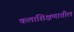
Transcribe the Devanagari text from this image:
कलाशिक्षणातील